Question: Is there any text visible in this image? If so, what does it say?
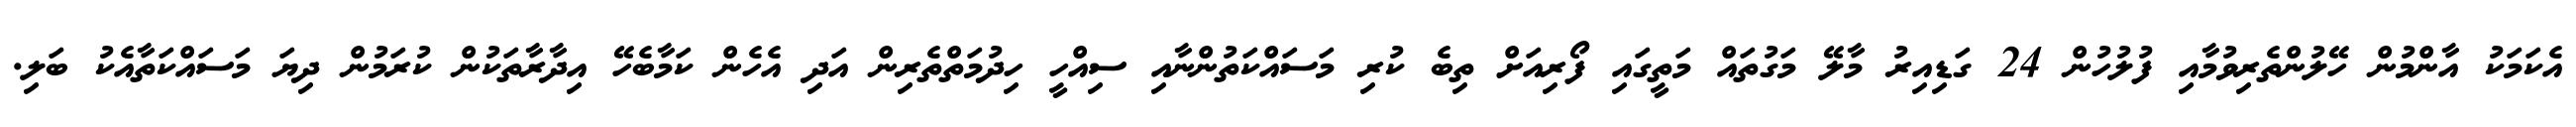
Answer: އެކަމަކު އާންމުން ހޭލުންތެރިވުމާއި ފުލުހުން 24 ގަޑިއިރު މާލޭ މަގުތައް މަތީގައި ފޯރިއަށް ތިބެ ކުރި މަސައްކަތުންނާއި ސިއްހީ ހިދުމަތްތެރިން އަދި އެހެން ކަމާބެހޭ އިދާރާތަކުން ކުރަމުން ދިޔަ މަސައްކަތާއެކު ބަލި.